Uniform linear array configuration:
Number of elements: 48
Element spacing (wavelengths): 1
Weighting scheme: kaiser
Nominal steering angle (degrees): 15
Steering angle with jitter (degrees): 16.853
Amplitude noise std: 0.05
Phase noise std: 0.05

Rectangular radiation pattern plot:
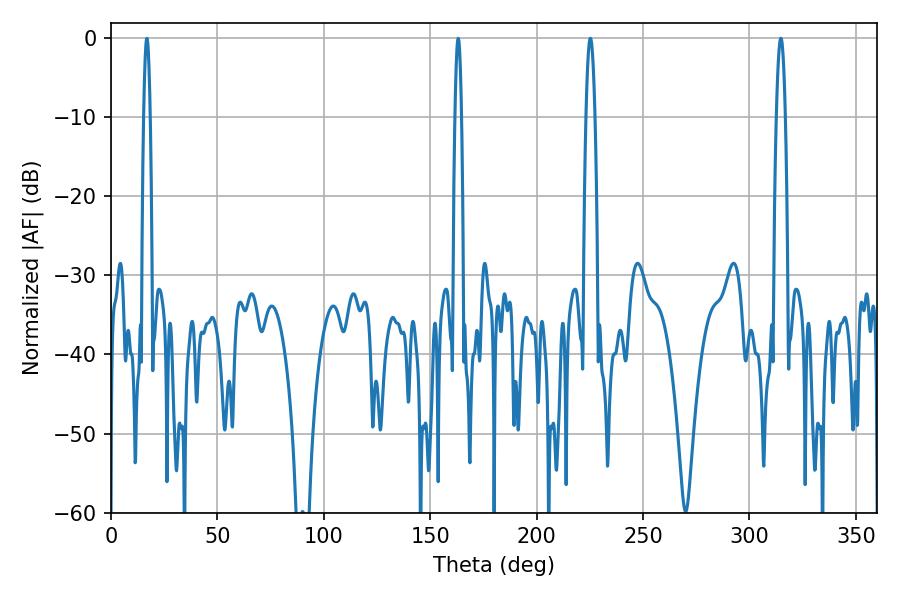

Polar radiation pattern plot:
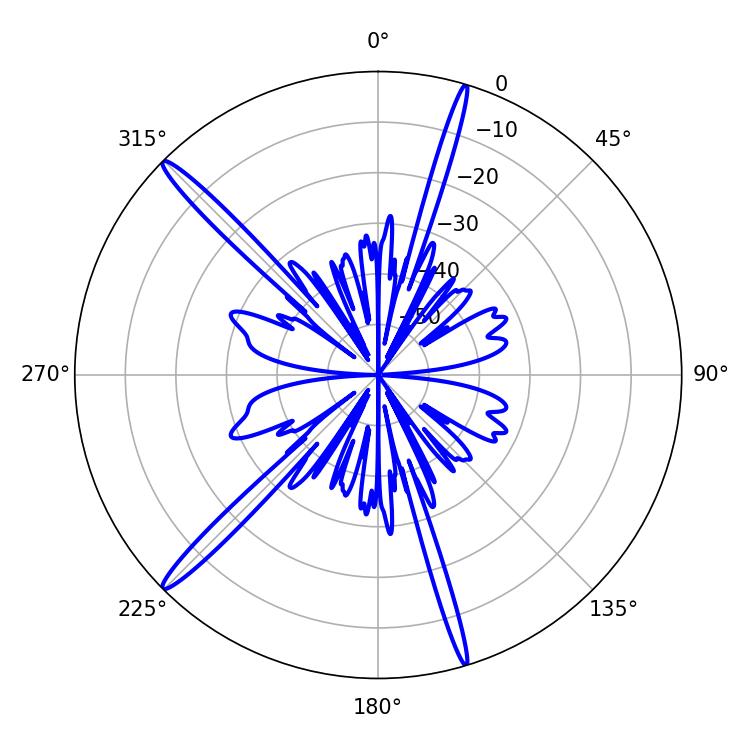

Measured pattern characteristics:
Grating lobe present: TRUE
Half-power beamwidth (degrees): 2.34
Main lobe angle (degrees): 225.18